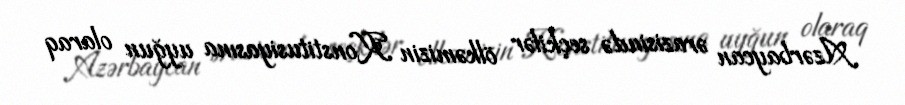
Azərbaycan ərazisində seçkilər ölkəmizin Konstitusiyasına uyğun olaraq